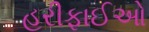
હરીફાઈઓ